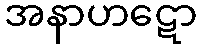
အနာဟဋော